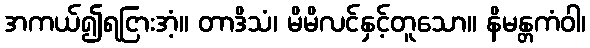
အကယ်၍ရငြားအံ့။ တာဒိသံ၊ မိမိလင်နှင့်တူသော။ နိမန္တကံဝါ၊